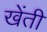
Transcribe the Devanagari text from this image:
खेंती